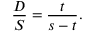
\quad { \frac { D } { S } } = { \frac { t } { s - t } } .